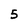
Character: 5